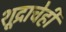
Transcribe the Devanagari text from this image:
शूद्राचेही